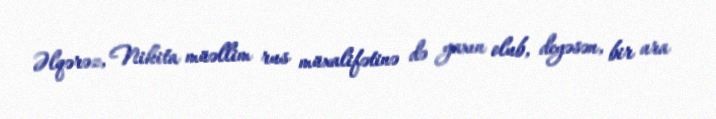
Əlqərəz, Nikita müəllim rus müxalifətinə də yaxın olub, deyəsən, bir ara